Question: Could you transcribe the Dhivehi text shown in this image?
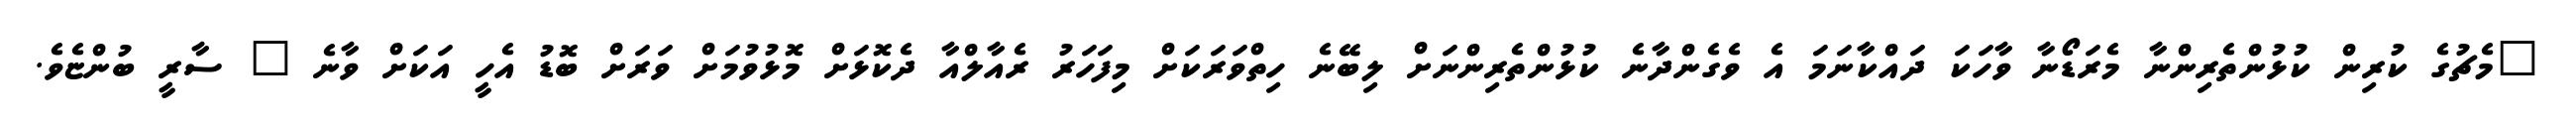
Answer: "މެޗުގެ ކުރިން ކުޅުންތެރިންނާ މެރަޑޯނާ ވާހަކަ ދައްކާނަމަ އެ ވެގެންދާނެ ކުޅުންތެރިންނަށް ލިބޭނެ ހިތްވަރަކަށް މިފަހަރު ރެއާލްއާ ދެކޮޅަށް މޮޅުވުމަށް ވަރަށް ބޮޑު އެހީ އަކަށް ވާނެ " ސާރީ ބުންޏެވެ.